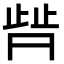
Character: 𬆀